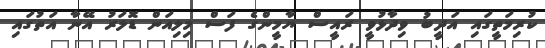
ކުރިމަތީގައި އަދީބު ވިދާޅުވީ ރައީސް ޔާމީންގެ ފަސް މިލިއަން ޑޮލަރު އޭނާ އަތުގައި